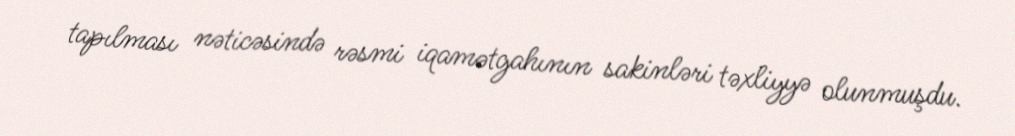
tapılması nəticəsində rəsmi iqamətgahının sakinləri təxliyyə olunmuşdu.